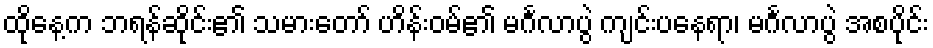
ထိုနေ့က ဘရန်ဆိုင်း၏ သမားတော် ဟိန်းဝမ်၏ မင်္ဂလာပွဲ ကျင်းပနေရာ၊ မင်္ဂလာပွဲ အစပိုင်း